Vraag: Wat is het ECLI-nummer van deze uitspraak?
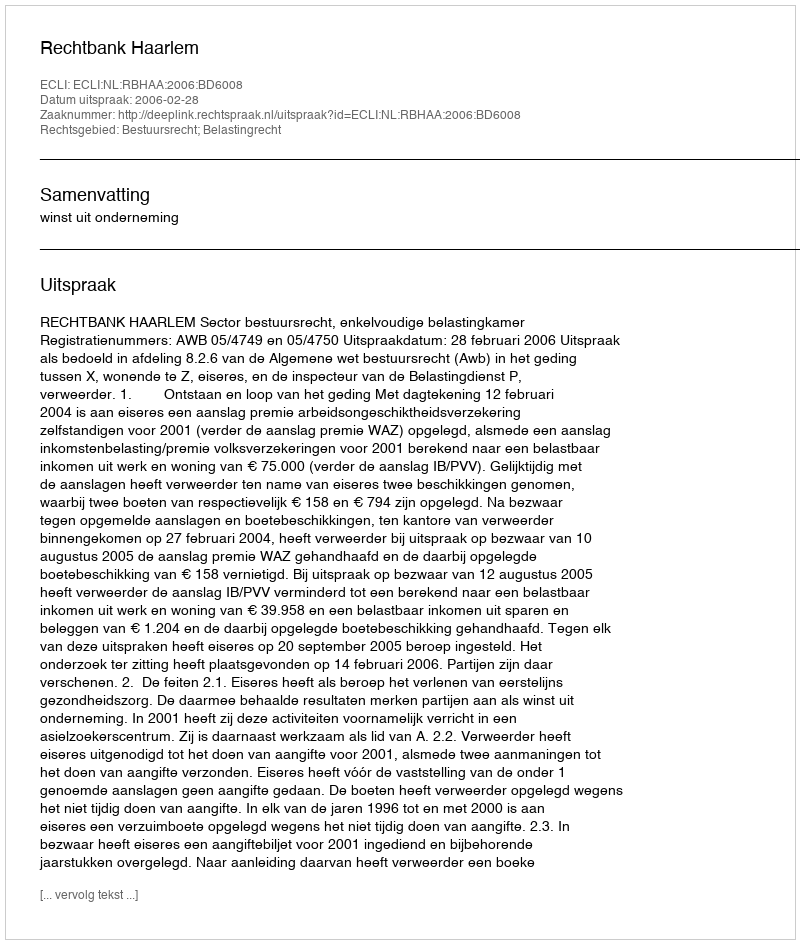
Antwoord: ECLI:NL:RBHAA:2006:BD6008